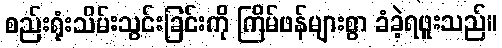
စည်းရုံးသိမ်းသွင်းခြင်းကို ကြိမ်ဖန်များစွာ ခံခဲ့ရဖူးသည်။